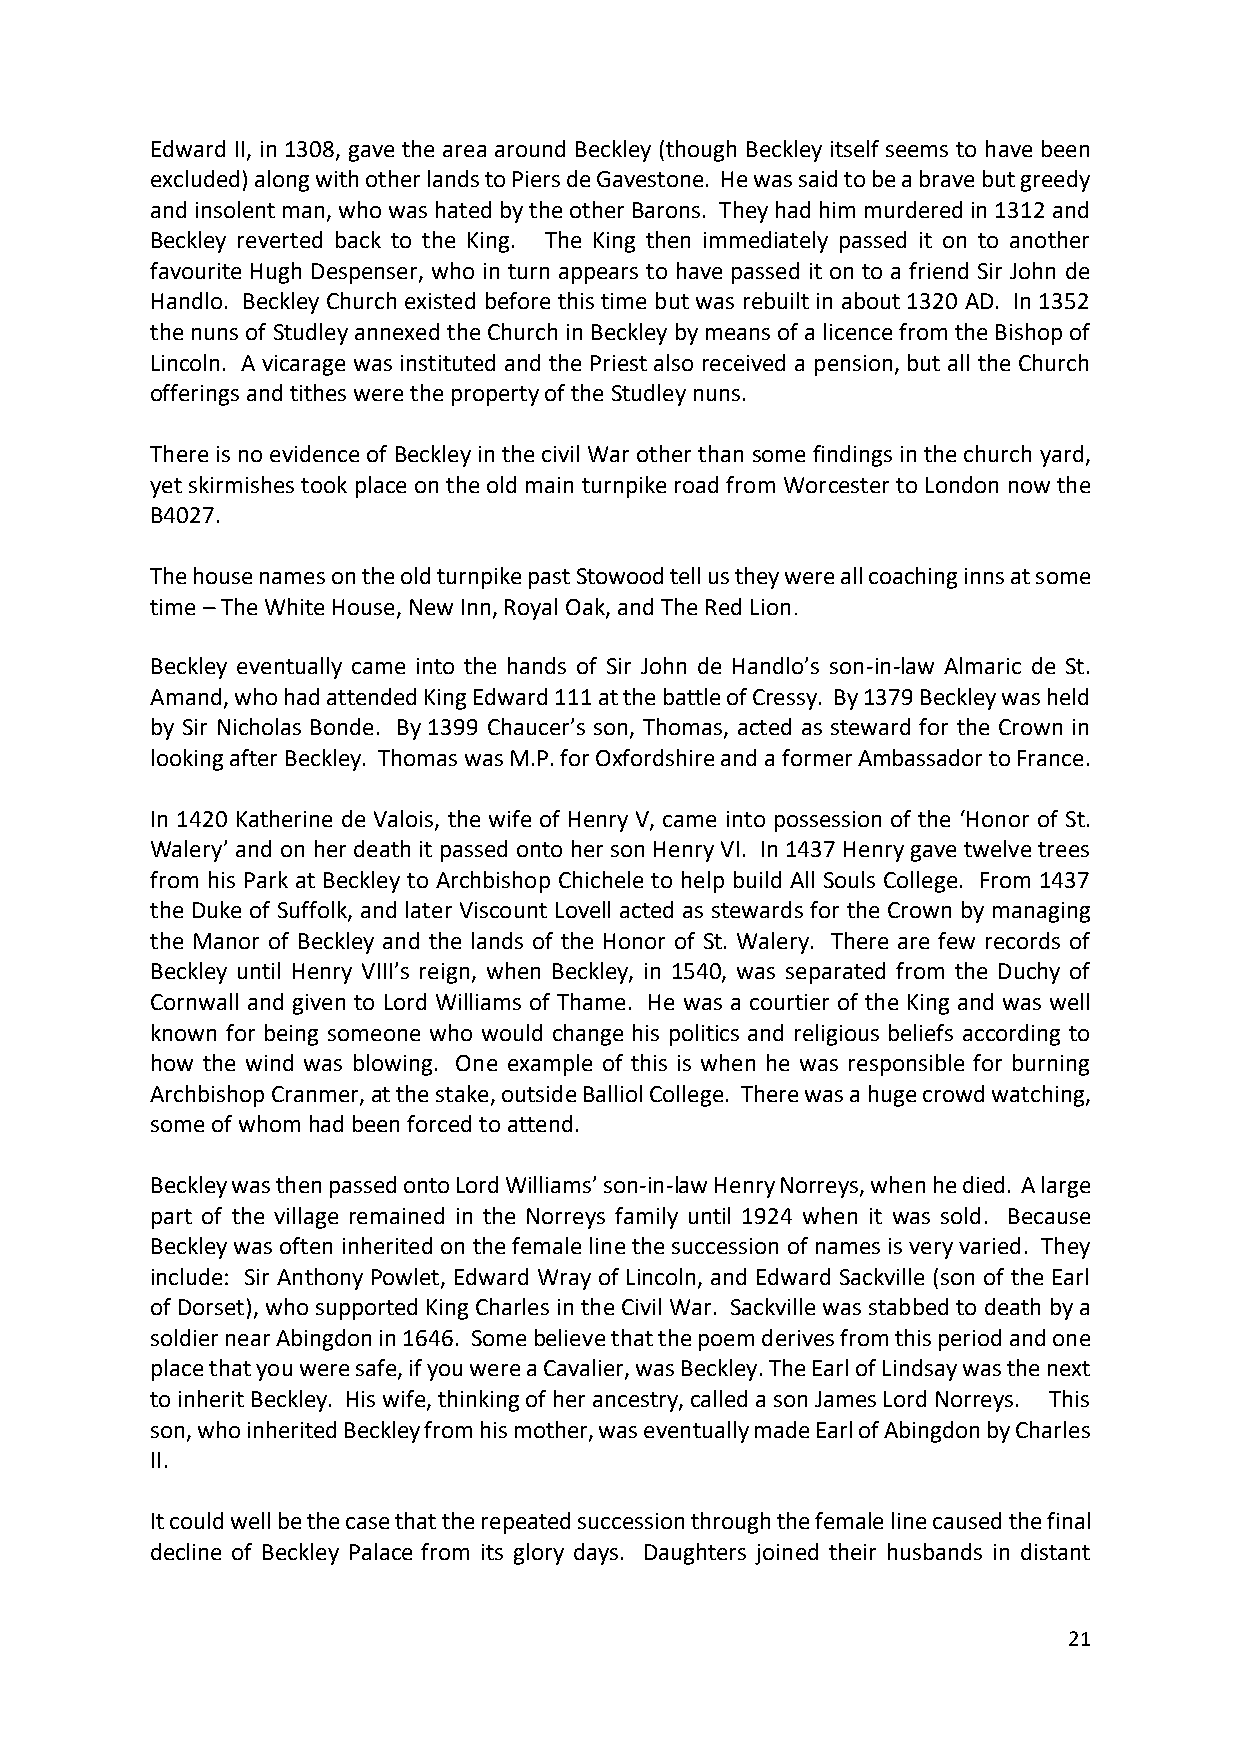
Edward II, in 1308, gave the area around Beckley (though Beckley itself seems to have been
 excluded) along with other lands to Piers de Gavestone. He was said to be a brave but greedy
 and insolent man, who was hated by the other Barons. They had him murdered in 1312 and
 Beckley reverted back to the King. The King then immediately passed it on to another
 favourite Hugh Despenser, who in turn appears to have passed it on to a friend Sir John de
 Handlo. Beckley Church existed before this time but was rebuilt in about 1320 AD. In 1352
 the nuns of Studley annexed the Church in Beckley by means of a licence from the Bishop of
 Lincoln. A vicarage was instituted and the Priest also received a pension, but all the Church
 offerings and tithes were the property of the Studley nuns.
 There is no evidence of Beckley in the civil War other than some findings in the church yard,
 yet skirmishes took place on the old main turnpike road from Worcester to London now the
 B4027.
 The house names on the old turnpike past Stowood tell us they were all coaching inns at some
 time – The White House, New Inn, Royal Oak, and The Red Lion.
 Beckley eventually came into the hands of Sir John de Handlo’s son-in-law Almaric de St.
 Amand, who had attended King Edward 111 at the battle of Cressy. By 1379 Beckley was held
 by Sir Nicholas Bonde. By 1399 Chaucer’s son, Thomas, acted as steward for the Crown in
 looking after Beckley. Thomas was M.P. for Oxfordshire and a former Ambassador to France.
 In 1420 Katherine de Valois, the wife of Henry V, came into possession of the ‘Honor of St.
 Walery’ and on her death it passed onto her son Henry VI. In 1437 Henry gave twelve trees
 from his Park at Beckley to Archbishop Chichele to help build All Souls College. From 1437
 the Duke of Suffolk, and later Viscount Lovell acted as stewards for the Crown by managing
 the Manor of Beckley and the lands of the Honor of St. Walery. There are few records of
 Beckley until Henry VIII’s reign, when Beckley, in 1540, was separated from the Duchy of
 Cornwall and given to Lord Williams of Thame. He was a courtier of the King and was well
 known for being someone who would change his politics and religious beliefs according to
 how the wind was blowing. One example of this is when he was responsible for burning
 Archbishop Cranmer, at the stake, outside Balliol College. There was a huge crowd watching,
 some of whom had been forced to attend.
 Beckley was then passed onto Lord Williams’ son-in-law Henry Norreys, when he died. A large
 part of the village remained in the Norreys family until 1924 when it was sold. Because
 Beckley was often inherited on the female line the succession of names is very varied. They
 include: Sir Anthony Powlet, Edward Wray of Lincoln, and Edward Sackville (son of the Earl
 of Dorset), who supported King Charles in the Civil War. Sackville was stabbed to death by a
 soldier near Abingdon in 1646. Some believe that the poem derives from this period and one
 place that you were safe, if you were a Cavalier, was Beckley. The Earl of Lindsay was the next
 to inherit Beckley. His wife, thinking of her ancestry, called a son James Lord Norreys. This
 son, who inherited Beckley from his mother, was eventually made Earl of Abingdon by Charles
 II.
 It could well be the case that the repeated succession through the female line caused the final
 decline of Beckley Palace from its glory days. Daughters joined their husbands in distant
 21